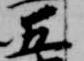
五